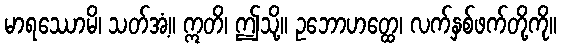
မာရဿောမိ၊ သတ်အံ့။ ဣတိ၊ ဤသို့။ ဥဘောဟတ္ထေ၊ လက်နှစ်ဖက်တို့ကို။